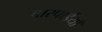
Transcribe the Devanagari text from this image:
चारपाईयाँ